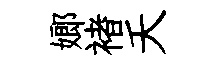
嫏褚夭